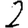
Digit: 2